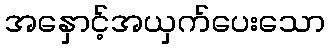
အနှောင့်အယှက်ပေးသော